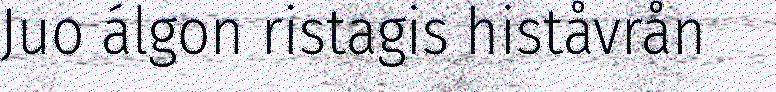
Juo álgon ristagis histåvrån